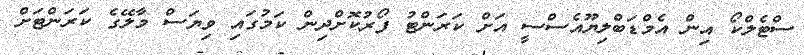
ސްޓެލްކޯ އިން އެމްޑަބްލިޔޫއެސްސީ އަށް ކަރަންޓު ފޯރުކޮށްދިން ކަމުގައި ވިޔަސް މާލޭގެ ކަރަންޓަށް